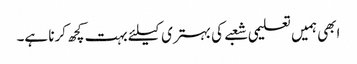
ابھی ہمیں تعلیمی شعبے کی بہتری کیلئے بہت کچھ کرنا ہے۔